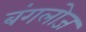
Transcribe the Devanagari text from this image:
बंगलोज